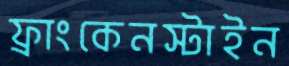
ফ্রাংকেনস্টাইন